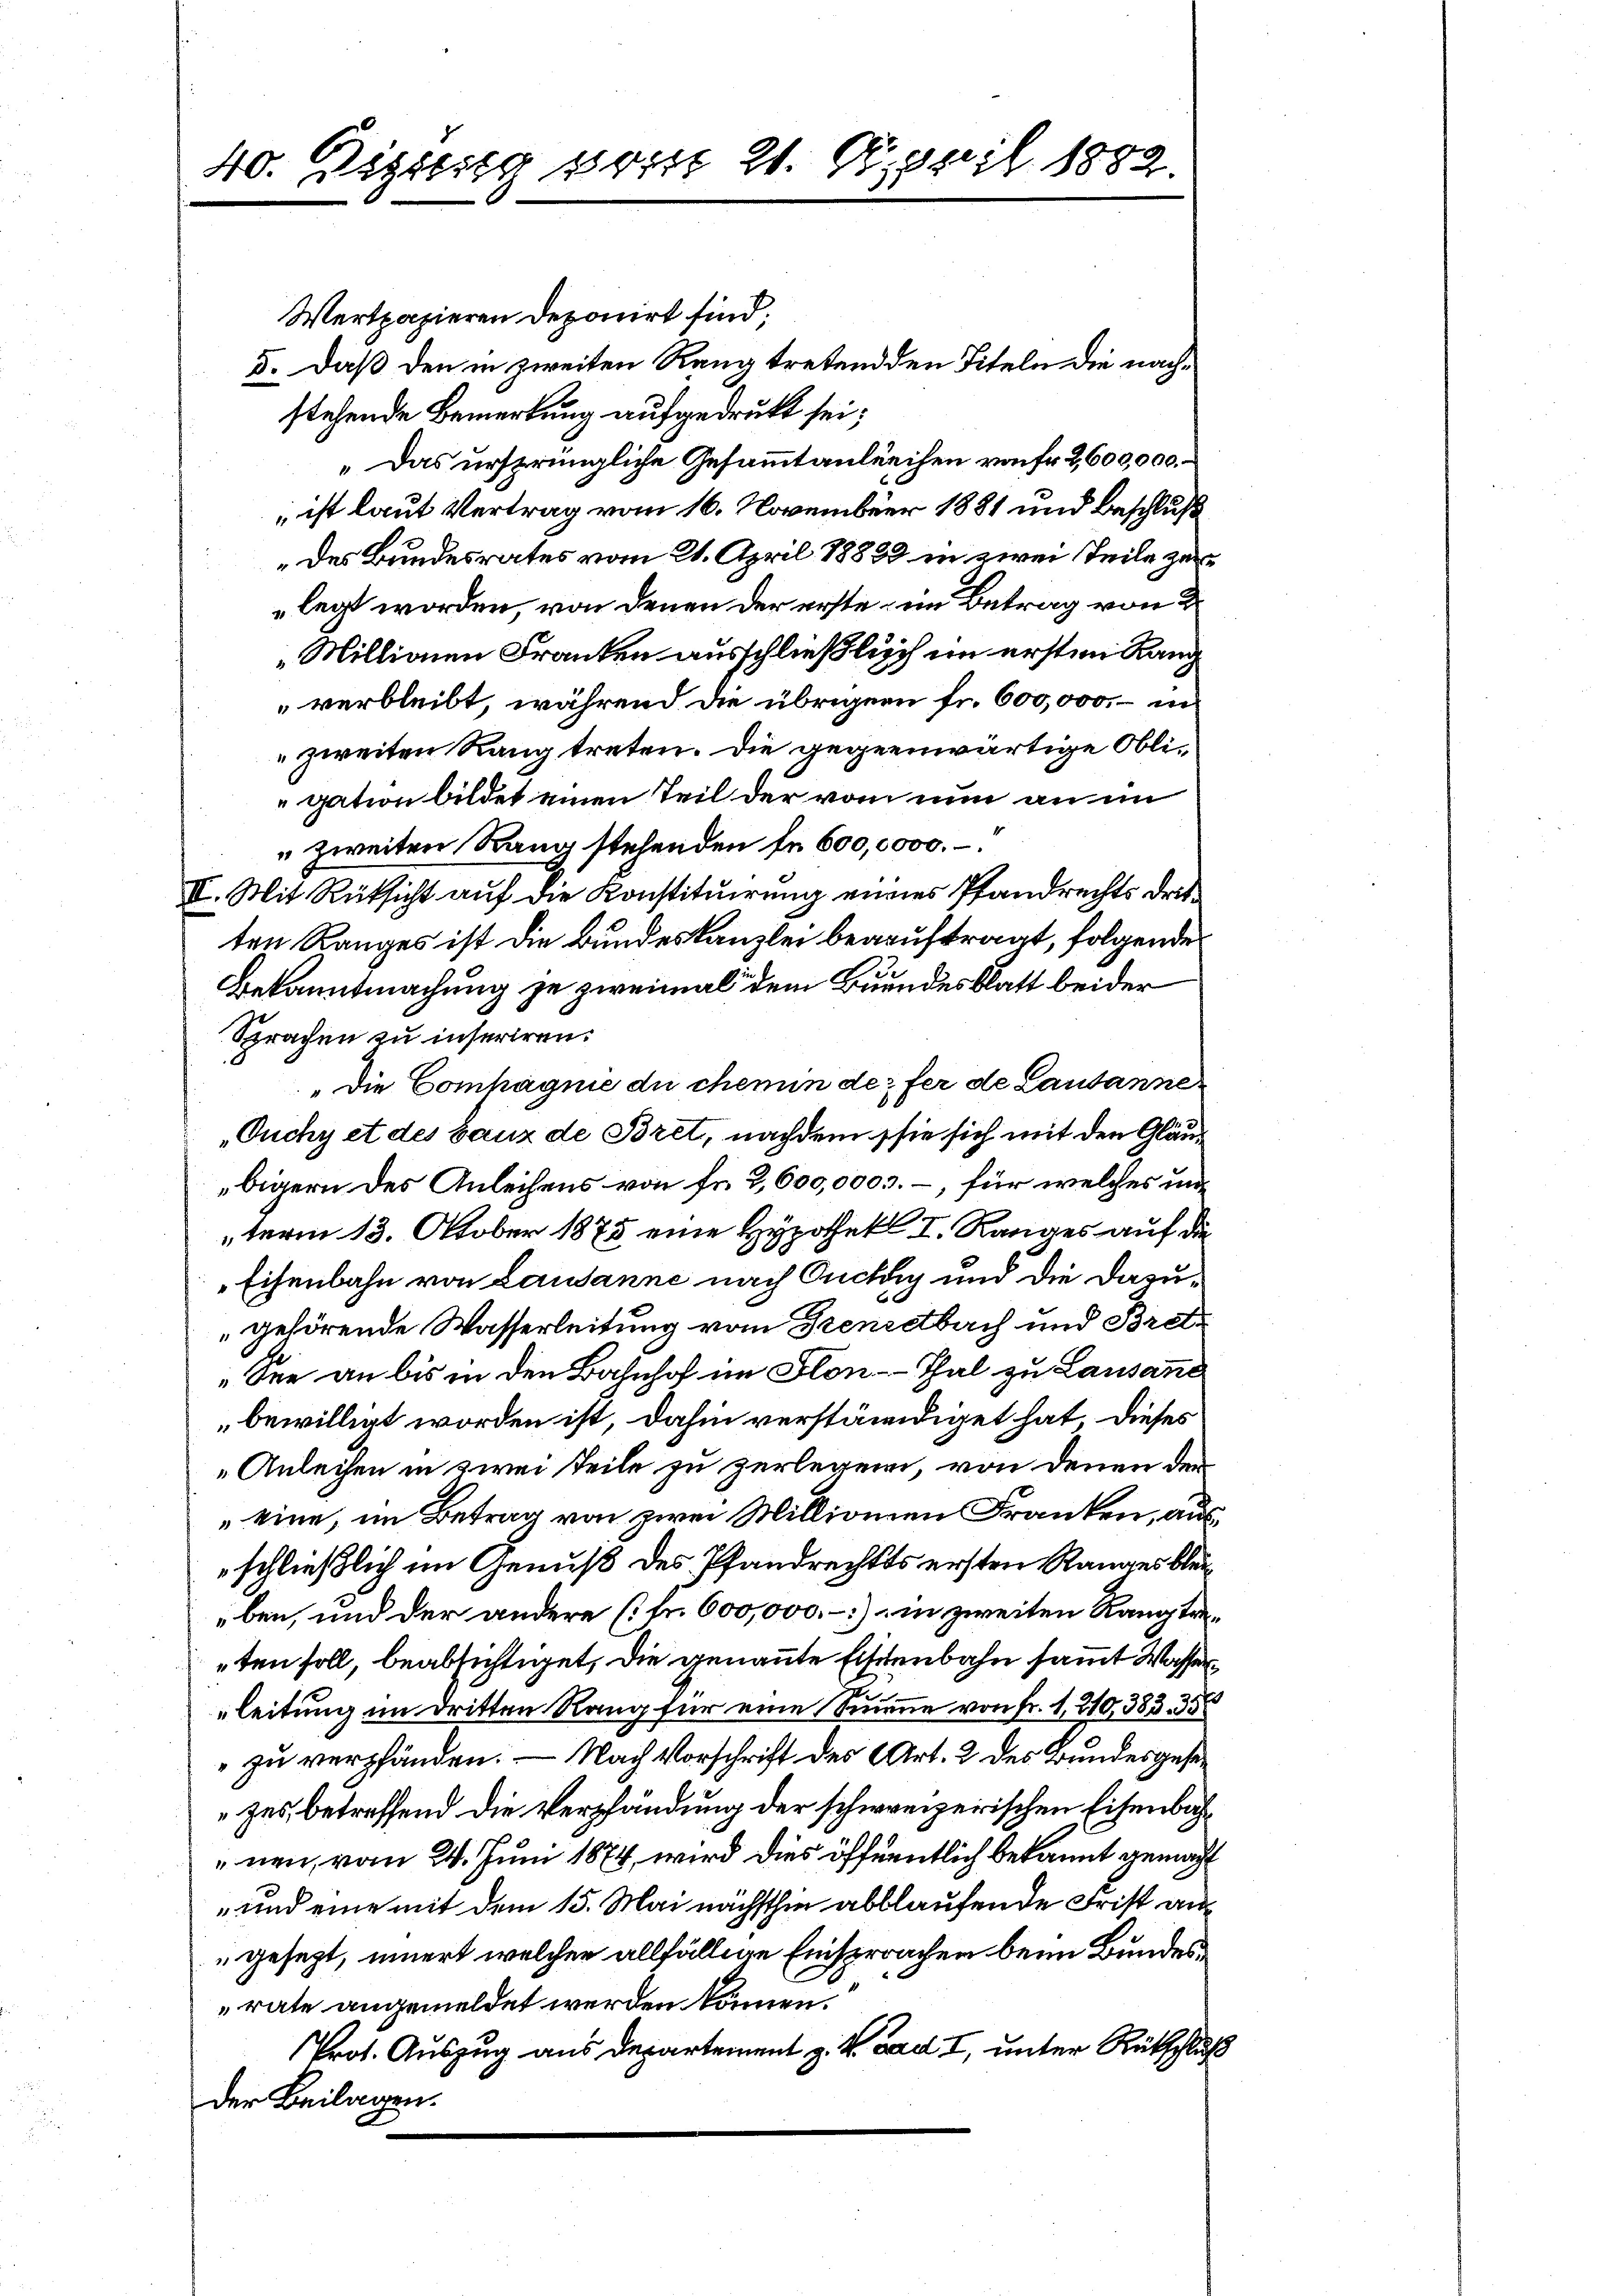
40. Disseg vom 21. April 1882.

Wertpapieren Deponirt sind;
5. Daß den in zweiten Rang tretend den Titeln die nachstehende Bemerkung aufgedrukt sei;
„Das ursprüngliche Gesammtanleihen von Fr. 2,600,000.
 ist laut Vertrag vom 16. November 1881 und Beschluß
„des Bundesrates vom 21. April 18838 in zwei Teile zulegt worden, von denen der erste im Betrag von
„Millionen Franken ausschließlich im ersten Rang
verbleibt, während die übrigen fr. 600,000.- in
zweiten Rang treten. Die gegenwärtige Obligation bildet einen Teil der vom nun an im
" zweiten Rang stehenden se 600,0000. –.
II. Mit Rücksicht auf die Konstituirung eines Pfandrechts dritten Ranges ist die Bundeskanzlei beauftragt, folgende
Bekanntmachung zu zweimal dem Brundesblatt beider
Sprachen zu inseriren.
„Die Compagnie du chemin defer de Lausanne
Ouchy et des baux de Bret, nachdem sie sich mit den Gläubigern des Anleihens von Fr. 2,600,0003. –, für welches unterm 13. Oktober 1875 eine Hypothek I. Ranges auf die
Eisenbahn von Lausanne nach Ouchy und die dazugehörende Wasserleitung vom Benedtbach und Bret¬
See an bis in den Bahnhof im Flon-Thal zu Lausanne
bewilligt worden ist, dahin verständiget hat, dieses
Anleihen in zwei teile zu zerlegen, von denen den
„eine, im Betrag von zwei Millionen Franken, ausschließlich im Genuß des Pfandrechts ersten Ranges bleiben, und der andere (fr. 600,000.-) in zweiten Rang traten soll, beabsichtiget, die genannte Eisenbahn sammt Wasserleitung im Dritten Rang für eine Summe von Fr. 1, 210, 383. 35
zu verpfänden. — Nach Vorschrift des Art. 2 des Bundesgesezes, betreffend die Verpfändung der schweizerischen Eisenbahnen, vom 24. Juni 1874, wird dies öffentlich bekannt gemacht
und eine mit dem 15. Mai nächsthin abblaufende Frist angesezt, innert welchen allfällige Einsprachen beim Bundesrate angemeldet werden können.
Prot. Auszug aus Departement z. B. Bad I, unter Rückschluß
der Beilagen.